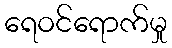
ရေဝင်ရောက်မှု